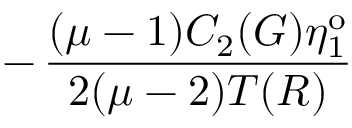
- \, \frac { ( \mu - 1 ) C _ { 2 } ( G ) \eta _ { 1 } ^ { \mathrm { o } } } { 2 ( \mu - 2 ) T ( R ) }